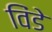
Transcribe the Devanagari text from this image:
विंडे